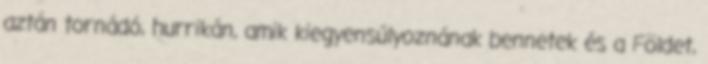
aztán tornádó, hurrikán, amik kiegyensúlyoznának bennetek és a Földet,